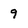
Character: 9